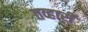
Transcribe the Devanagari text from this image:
तव्हारी